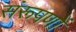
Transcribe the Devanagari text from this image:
संरूपणों